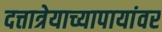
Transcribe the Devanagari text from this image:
दत्तात्रेयाच्यापायांवर